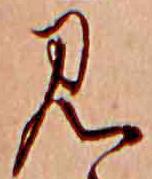
見